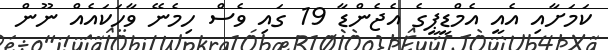
ކަމަށާއި އެއީ އެމްޑީޕީގެ އެޖެންޑާ 19 ގައި ވެސް ހިމެނޭ ވާހަކައެއް ނޫން